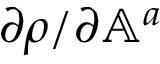
\partial \rho / \partial \mathbb { A } ^ { a }